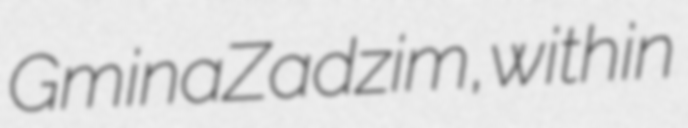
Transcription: Gmina Zadzim, within